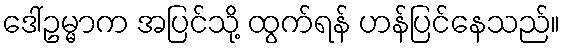
ဒေါ်ဥမ္မာက အပြင်သို့ ထွက်ရန် ဟန်ပြင်နေသည်။